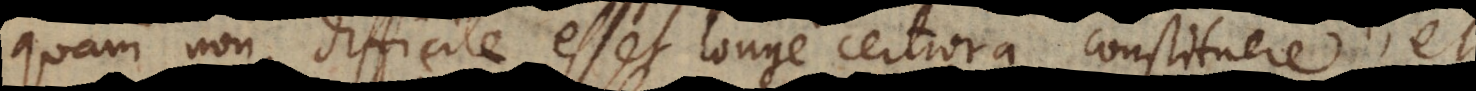
quam non difficile esset longe certiora constituere, et